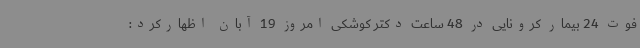
فوت 24 بیمار کرونایی در 48 ساعت دکتر کوشکی امروز 19 آبان اظهارکرد: